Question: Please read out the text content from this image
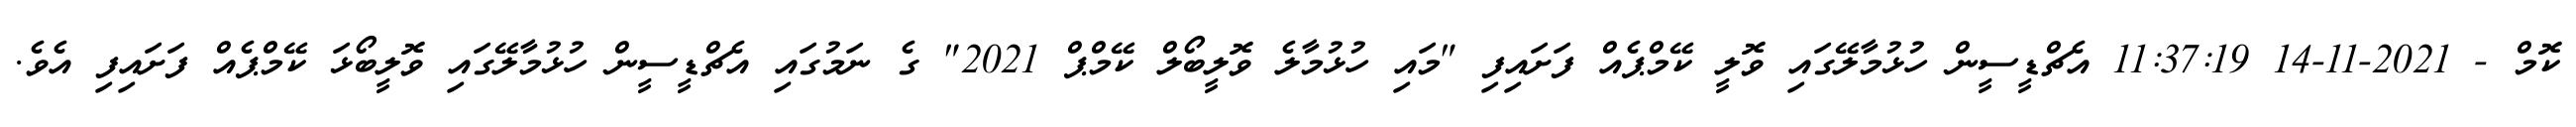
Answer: ކޮމް - 2021-11-14 11:37:19 އެޗްޑީސީން ހުޅުމާލޭގައި ވޮލީ ކޭމްޕެއް ފަށައިފި "މައި ހުޅުމާލެ ވޮލީބޯލް ކޭމްޕް 2021" ގެ ނަމުގައި އެޗްޑީސީން ހުޅުމާލޭގައި ވޮލީބޯޅަ ކޭމްޕެއް ފަށައިފި އެވެ.